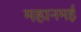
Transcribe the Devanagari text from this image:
महानमई